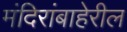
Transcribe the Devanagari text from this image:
मंदिरांबाहेरील